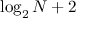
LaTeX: \log _ { 2 } N + 2